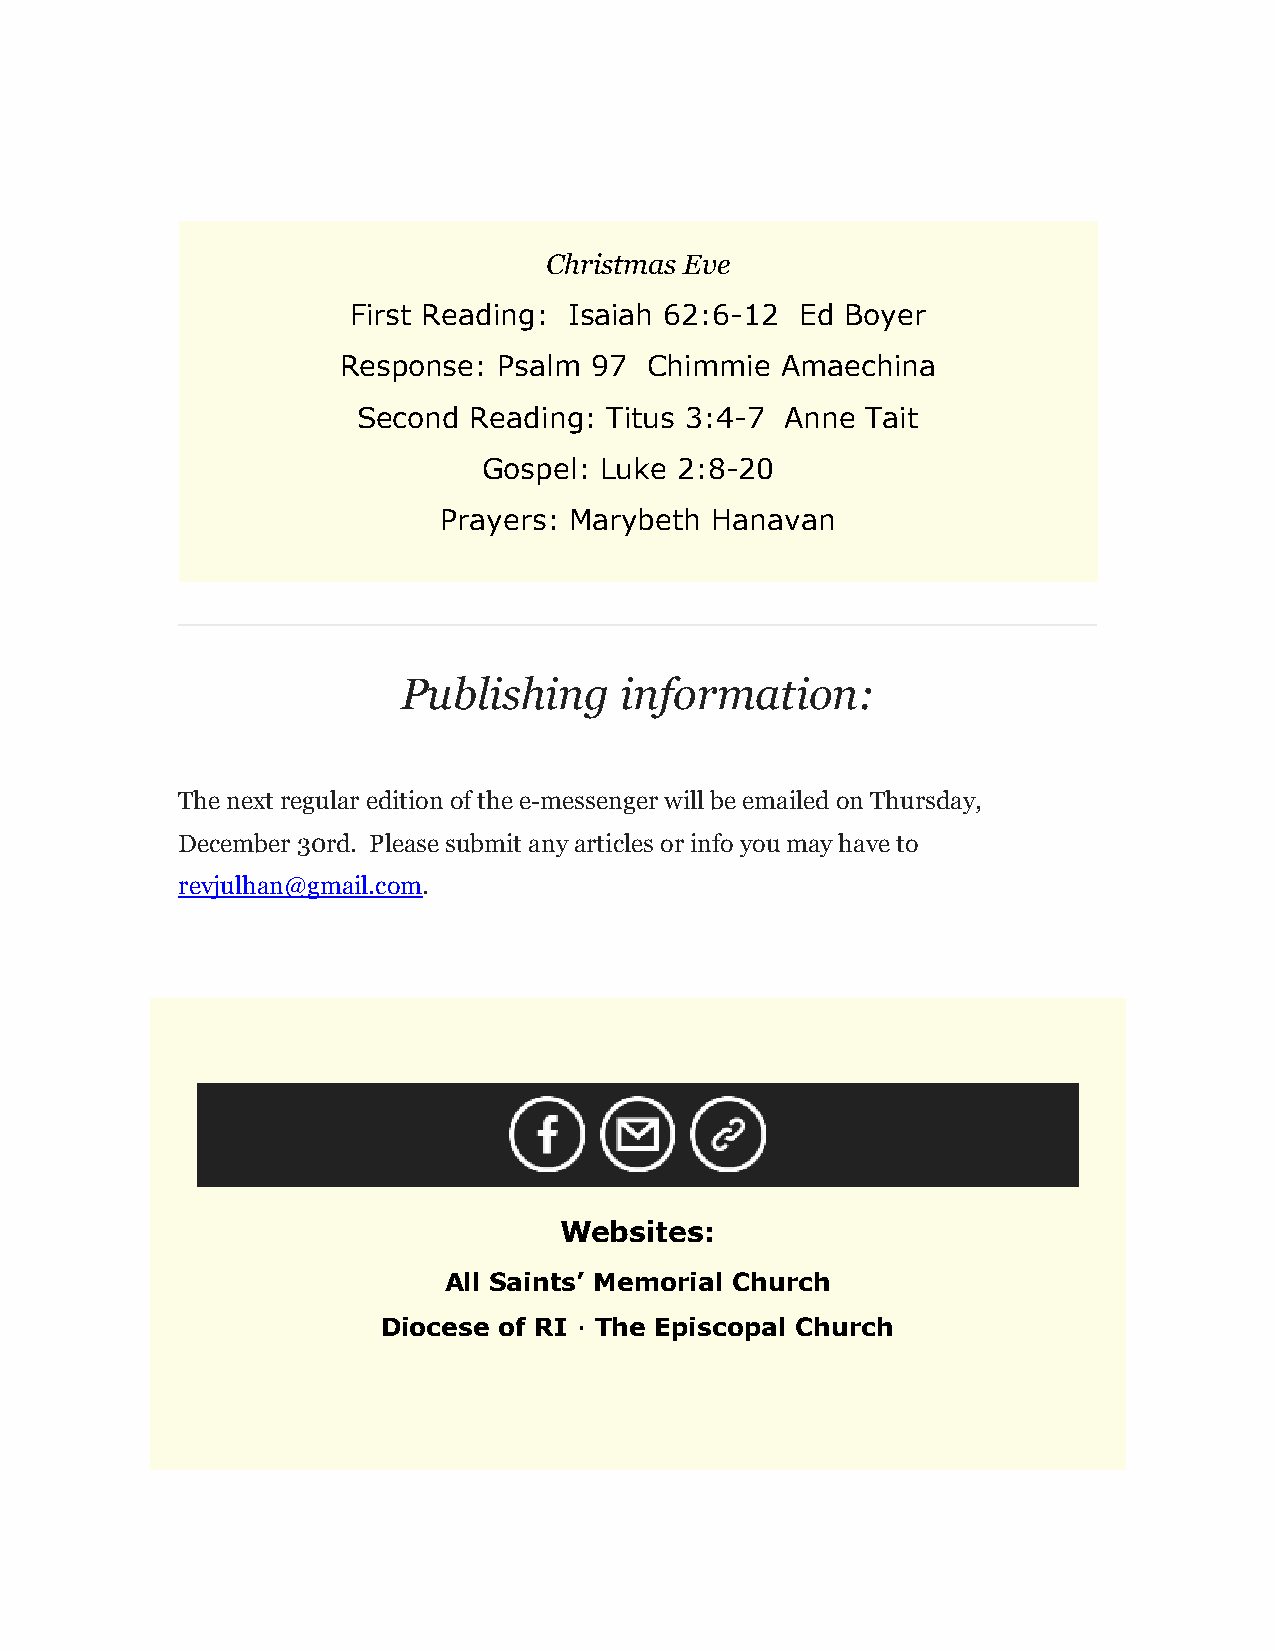
Christmas Eve
 First Reading: Isaiah 62:6-12 Ed Boyer
 Response: Psalm 97  Chimmie  Amaechina
 Second Reading: Titus 3:4-7 Anne Tait
 Gospel: Luke 2:8-20
 Prayers: Marybeth Hanavan
 Publishing    information:
 The next regular edition of the e-messenger will be emailed on Thursday,
 December 30rd. Please submit any articles or info you may have to
 revjulhan@gmail.com.
 Websites:
 All Saints’ Memorial Church
 Diocese of RI · The Episcopal Church